Vital statistics of India. Vol. IV, Annual returns from 1871 to 1876. British Army of India, Native Army and jails of Bengal
Year: 1871
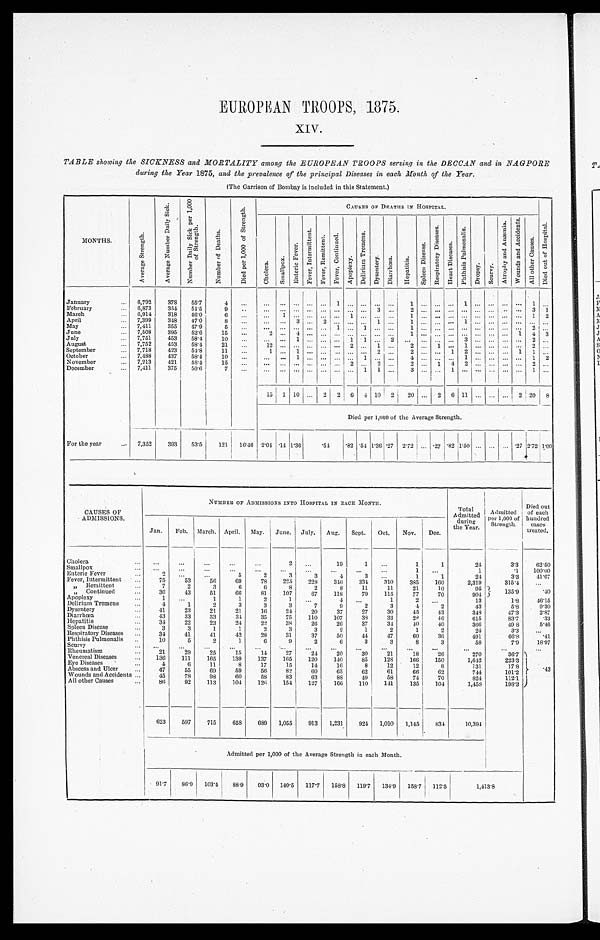
EUROPEAN TROOPS, 1875.
XIV.
TABLE showing the SICKNESS and MORTALITY among the EUROPEAN TROOPS serving in the DECCA.N and in NAGPORE
during the Year 1875, and the prevalence of the principal Diseases in each Month of the Year.
(The Garrison of Bombay is included in this Statement.)
MONTHS.
A v e r a g e S t r e n g t h .
A v e r a g e N u m b e r D a i l y S i c k .
N u m b e r D a i l y S i c k p e r 1 , 0 0 0
o f S t r e n g t h .
N M u m b e r o f D e a t h s .
D i e d p e r 1 , 0 0 0 o f S t r e n g t h .
C A U S E S O F D E A T H S I N H O S P I T A L .
D i e d o u t o f H o s p i t a l .
C h o l e r a . S m a l l p o x .
E n t e r i c F e v e r .
F e v e r , I n t e r m i t t e n t .
F e v e r , R e m i t t e n t . F e v e e r C o n t i n u e d .
A p o p l e x y .
D e l i r i u m T r e m e n s .
D y s e n t e r y . D i a r r h œ a .
H e p a t i t i s .
S p l e e n D i s e a s e s .
R e s p i r a t o r y D i s e a s e s .
H e a r t D i s e a s e s .
P h t h i s i s P u l m o n a l i s .
D r o p s y .
S c u r v y .
A r o p h y a n d A n æ m i a m i a . W o u n d s a n d A c c i d e n t s .
January
6, 792 378 55.7 4
1
1
1
1
February
6, 873 354 51.5 9
3 2
3 1
March
6, 914 318 46.0 6
1
1
1 2
April
7, 399 348 47.0 8
3
2
1
1
1
May
7, 411 355 47.9
5
1
1
1
2
June
7, 508 395 52.6 15
2 4
1 4 3
July
7, 751 453 58.4 10
1
1 1 2
3
2
August
7, 752 453 58.4 21
1 2
September
. . . 7, 718 423 54.8 11
1
1
2
2
1 2
1 1
October
7, 488 437 58.4 10
1
November
7, 213 421 58.4 15
December
7,411 375 50.6
1 1
3
1
15 1 10
2 2 6 4 10 2 20
2 6 11
2 20 8 8
Died per 1,000 of the Average Strength.
For the year
7, 352 393 53.5
1 2 1
16.46 2. 04 .14 1.36
. 5 4 .82
. 5 4
1.36.27 2.72 .27 .82
1 . 5 0
.27
2 7 2 1.09
CAUSES OF
ADMISSIONS.
NUMBER OF ADMI SSI ONS I NTO HOSPI TAL I N EACH MONTH.
Total
Admi tted
duri ng
the Year.
Admi tted
per 1,000 of
Strength.
Di ed out
of each
hundred cases
treated.
Jan. Feb. March. Apri l . May. June. Jul y, Aug. Sept . Oct. Nov. Dec.
Cholera
2
1 9 1
1 1
24
3.3 6 2 . 5 0
Smallpox
1
1
.1 100. 00
Enteric Fever
2
5 2 3 3 4 3
1 1
24
3.3 4 1 . 6 7
Fever, Intermittent
75 53 56 69 78 225 228 346 334 310 385 160
2, 319 315.4
„ Remittent
7 2 3 6 6 8 2 8 11 11 21 10
95 135. 9 .40
„ Continued
30 13 51 66 81 107 67 118 79 115 77 70
901
Apoplexy
1
1 1 2 1
1
2
13
1.8 4 6 . 1 5
Delirium Tremens
4 1 2 3 3 3 7 9 2 3 4 2
43
5.8
9 . 3 0
Dysentery
41 23 21 21 16 24 20 37 27 30 45 43
348
47.3 2 . 8 7
Diarrhœa
43 33 33 31 35 75 110 107 38 33 28 46
615
83.7 .33
Hepatitis
34 22 23 24 22 38 20 26 37 34 40 40
366
49.8 5 . 4 6
Spleen Disease
3 3 1 1 2 3 3 2 1 2 1 2
24
3.3
Respiratory Diseases
34 41 41 42 28 31 37 50 44 47 60 36
491
66.8 .41
Phthisis Pulmonalis
10 5 2 1 6 9 2 6 3 3 8 3
58
7.9 1 8 . 9 7
Scurvy Rheumatism
21 29 25 15 14 2 7 24 20 30
2 1
1 8 26
270
36.7
.43
Venereal Diseases
136 111 165 139 137 165 120 140 85 128 166 150
1, 612
223.3
Eye Diseases
4 6 11 8 17 15 14 16 8 12 52 8
131
17.8
Abscess and Ulcer
47 55 69 59 56 82 60 65 62 61 66 62
744
101.2
Wounds and Accidents
45 78 98 60 58 83 63 88 49 58 74 70
824
112.1
All other Causes
86 92 113 104 126 154 127 166 110 141 135 104 1,458 198.3
623 597 715 658 689 1, 055 913 1, 231 921 1, 010 1, 145 834 10, 394
Admitted per 1,000 of the Average Strength in each Month.
91.7 86.9 103.4 88.9 93. 0 140. 5 117. 7 158.8 119. 7 134. 9 158. 7 112. 5
1 , 4 1 3 . 8
s